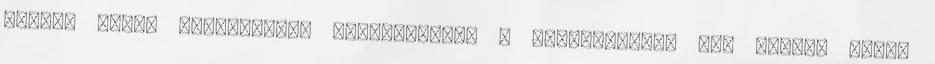
Nyugat aktív nagyhatalmi beavatkozása a folyamatokba nem valami gőzös